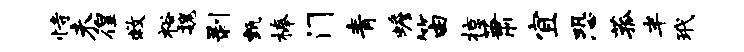
恃未徨救裕魏剥甄榛门青蟾笛掠萧宜恐菰半玳